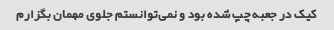
کیک در جعبه چپ شده بود و نمی‌توانستم جلوی مهمان بگزارم